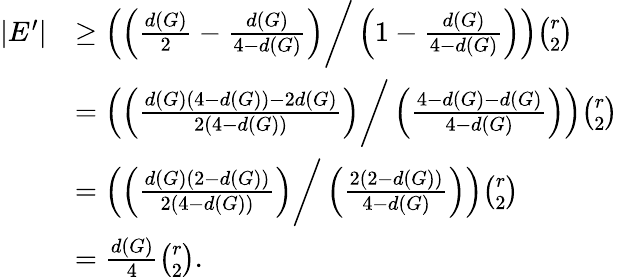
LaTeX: \begin{array}{rl}{|E^{\prime}|}&{\ge\left(\left(\frac{d(G)}{2}-\frac{d(G)}{4-d(G)}\right)\bigg/\left(1-\frac{d(G)}{4-d(G)}\right)\right)\binom{r}{2}}\\ &{=\left(\left(\frac{d(G)(4-d(G))-2d(G)}{2(4-d(G))}\right)\bigg/\left(\frac{4-d(G)-d(G)}{4-d(G)}\right)\right)\binom{r}{2}}\\ &{=\left(\left(\frac{d(G)(2-d(G))}{2(4-d(G))}\right)\bigg/\left(\frac{2(2-d(G))}{4-d(G)}\right)\right)\binom{r}{2}}\\ &{=\frac{d(G)}{4}\binom{r}{2}.}\end{array}